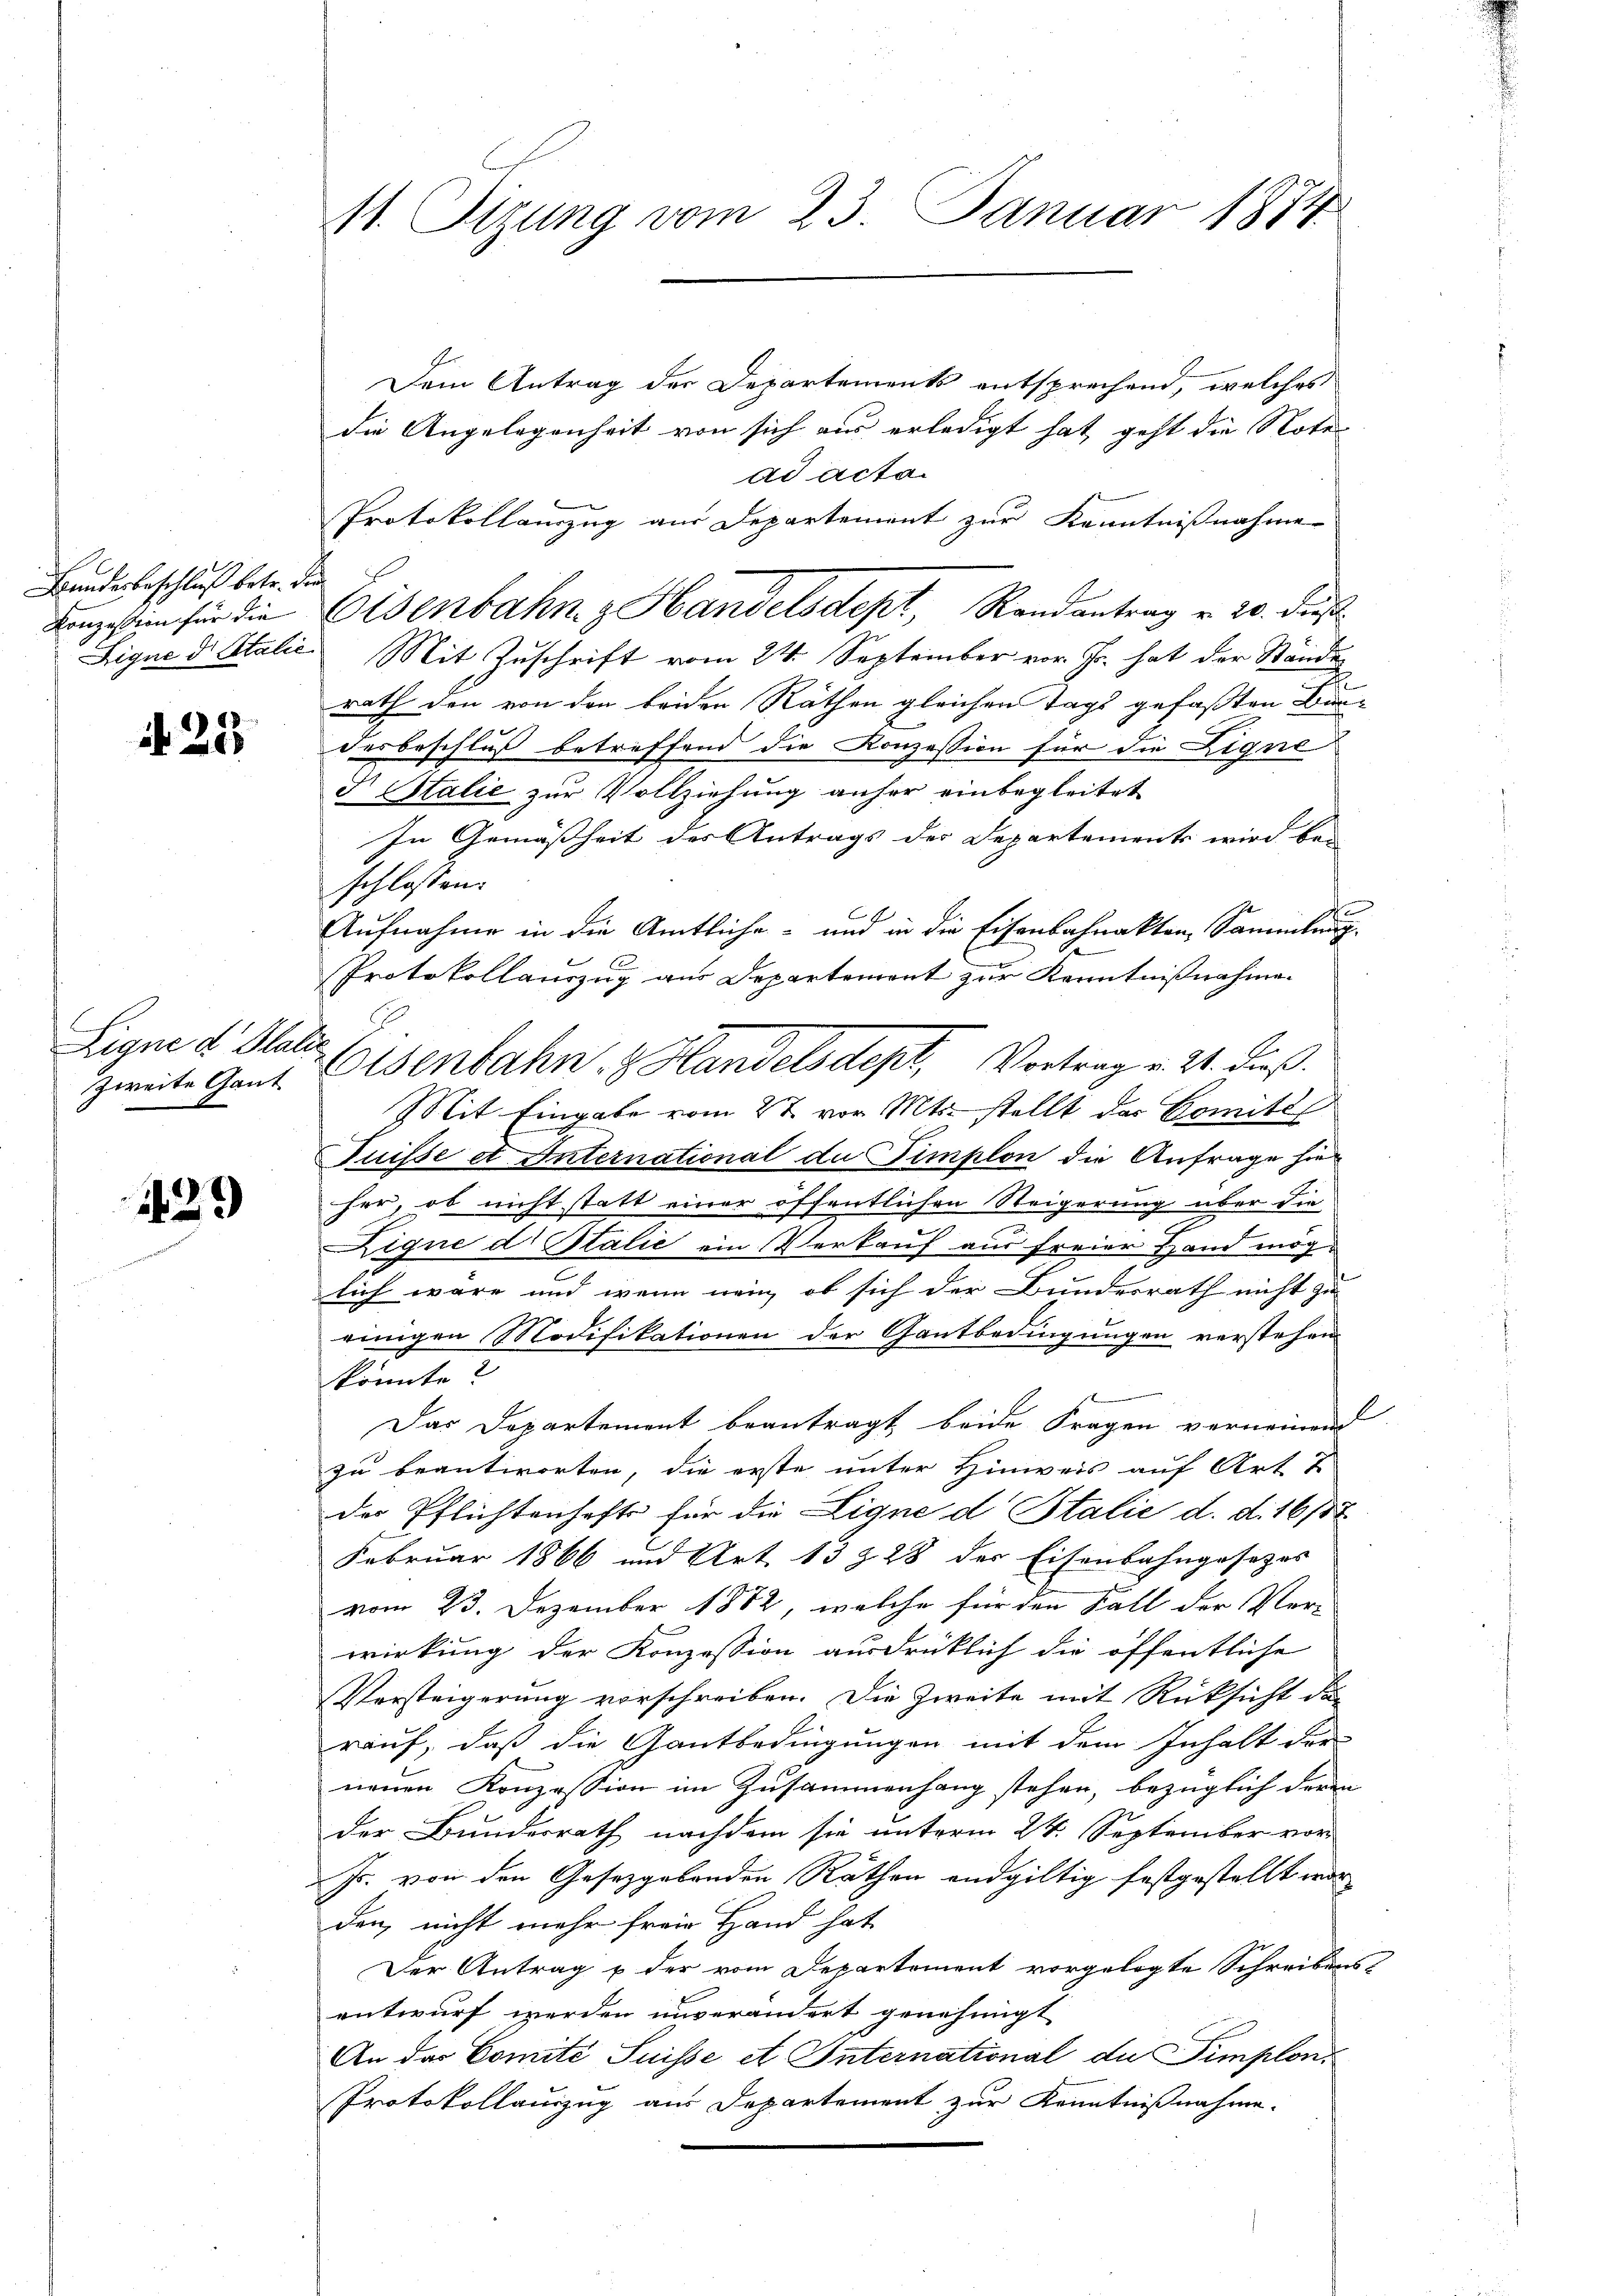
Bundesbeschluß betr. die

N. 25.

Eigne d Platio
zweite Gant

129

11. Sizung vom 23. Januar 1874

Dem Antrag der Departements entsprechend, welches
die Angelegenheit von sich aus erledigt hat, geht die Noter
ad acta.
Protokollauszug aus Departement zur Kenntnißnahme
Sique d. Stalie Mit Zuschrift vom 24. September vor. Js. hat der Stände
rath den von den beiden Räthen gleichen Tags gefaßten Bundesbeschluß betreffend die Konzession für die Eigne
d Italie zur Vollziehung anher einbegleitet
In Gemäßheit des Antrags des Departements wird bei
schlossen:
Aufnahme in die Amtliche- und in die Eisenbahnakten, Sammlung
Protokollauszug aus Departement zur Kenntnißnahme.
Mit Eingabe vom 27. vor Mts. stellt der Comitel
Puisse et International du Timplon die Anfrage hier
her, ob nicht statt einer öffentlichen Steigerung über die
Eigne dr Stalić ein Verkauf aus freier Hand möglich wäre und wenn neu, ob sich der Bundesrath nicht zu
einigen Modifikationen der Gantbedingungen verstehen
könnte?
Das Departement beantragt beide Fragen vernommen
zu beantworten, die erste unter Hinweis auf Art. 7
der Pflichtenhaft für die Ligne d Italie d. d. 16157
Februar 1866 und Art. 13 § 28 des Eisenbahngesetzes
vom 23. Dezember 1882, welche für den Fall der Ver-
wirkung der Konzession ausdrücklich die öffentliche
Versteigerung vorschreiben. Die Zweite mit Rücksicht der
rauf, daß die Gantbedingungen mit dem Inhalt der
neuen Konzession im Zusammenhang stehen, bezüglich deren
der Bundesrath nachdem sie unterm 24. September vor
Js. von den Gesetzgebenden Räthen endgültig festgestellt worden, nicht mehr freie Hand hat
Der Antrag & der vom Departement vorgelegte Schreibens
entwurf werden unverändert genehmigt
An das Comité Suisse et International du Simplon
Protokollauszug aus Departement zur Kenntnißnahme.

Konzessin für die Eisenbahn- & Handelsdept, Randantrag u. 20. dieß

Eisenbahn & Handelsdept, Vortrag v. 21. dieß.